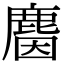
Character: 𪊦